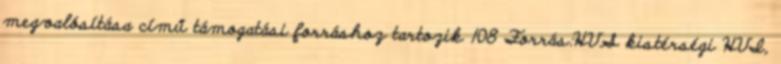
megvalósítása című támogatási forráshoz tartozik 108 Forrás:HVS kistérségi HVI,